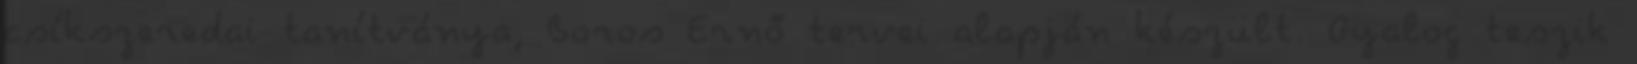
csíkszeredai tanítványa, Boros Ernő tervei alapján készült. Gyalog teszik